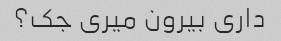
داری بیرون میری جک؟